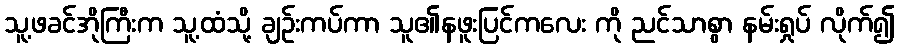
သူ့ဖခင်အိုကြီးက သူ့ထံသို့ ချဉ်းကပ်ကာ သူ၏နဖူးပြင်ကလေး ကို ညင်သာစွာ နမ်းရှုပ် လိုက်၍